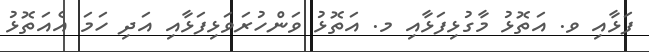
ފަޅާއި ވ. އަތޮޅު މާގުޅިފަޅާއި މ. އަތޮޅު ވަންހުރަވަޅިފަޅާއި އަދި ހަމަ އެއަތޮޅު